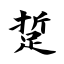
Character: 踅